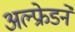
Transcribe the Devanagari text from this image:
अल्फ्रेडने